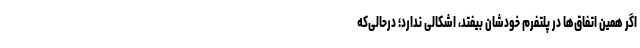
اگر همین اتفاق‌ها در پلتفرم خودشان بیفتد، اشکالی ندارد؛ درحالی‌که